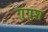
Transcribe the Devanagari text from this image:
गुगुश